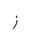
Letter: _zay